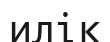
илік